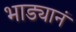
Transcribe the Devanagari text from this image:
भाड्यानं